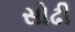
સોઢી